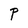
Character: P